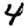
Digit: 4